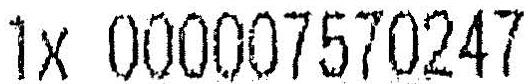
1X 000007570247